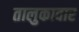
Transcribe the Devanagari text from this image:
तालुकावार